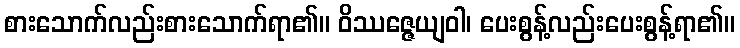
စားသောက်လည်းစားသောက်ရာ၏။ ဝိဿဇ္ဇေယျဝါ၊ ပေးစွန့်လည်းပေးစွန့်ရာ၏။